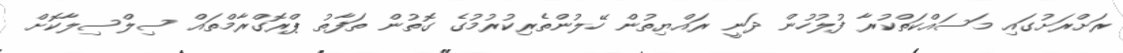
ރަށްރަށުގައި މަސައްކަތްކުރާ ފުލުހުން ދަނީ ރައްޔިތުން ހޭލުންތެރިކުރުމުގެ ގޮތުން ތަފާތު ޕްރޮގްރާމްތައް ސިލްސިލާކޮށް